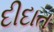
દીદાત